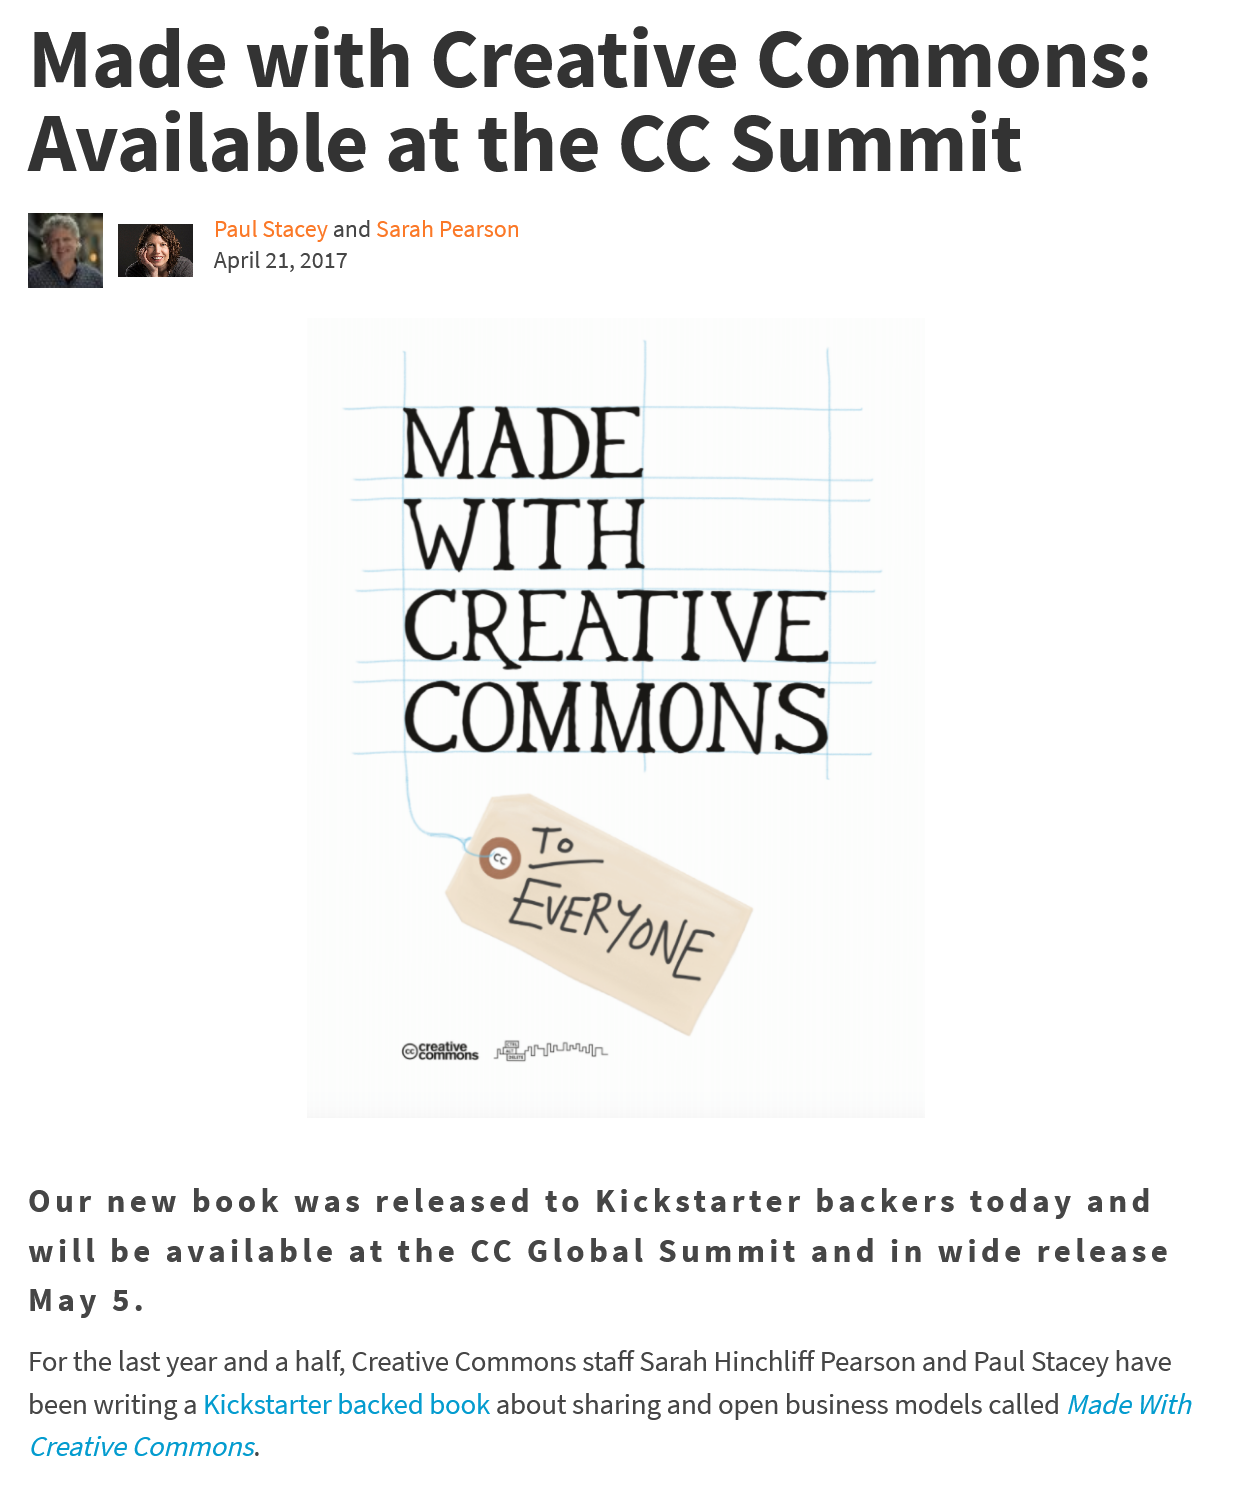
Made    with    Creative    Commons:
  Available    at    the    CC    Summit
     Paul Stacey and Sarah Pearson
     April 21, 2017
     CREATIVE
     COMMONS
     ol
     VER
     oye
     creative AP yp yninwy,
     eommons Ia
   Our  new   book   was released    to  Kickstarter    backers    today    and
   will be  available    at  the  CC  Global   Summit    and   in wide   release
   May   5.
   For the last year and a half, Creative Commons staff Sarah Hinchliff Pearson and Paul Stacey have
   been writing a Kickstarter backed book about sharing and open business models called Made With
   Creative Commons.